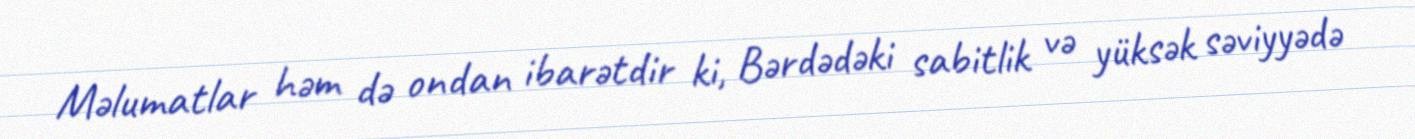
Məlumatlar həm də ondan ibarətdir ki, Bərdədəki sabitlik və yüksək səviyyədə